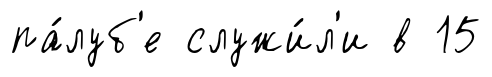
па́луб'е служи́л'и в 15